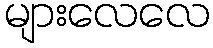
များလေလေ